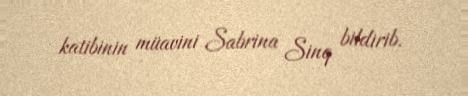
katibinin müavini Sabrina Sinq bildirib.